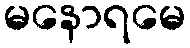
မနောရမေ